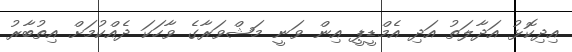
އިދިކޮޅު އަދާލަތު އަދި އެމްޑީޕީ އިން ވަނީ މަޝްވަރާގެ ވާހަކަ ދެއްކުމަށް އިތުބާރު